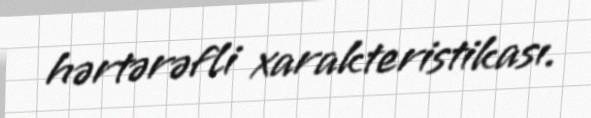
hərtərəfli xarakteristikası.